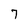
Character: 7